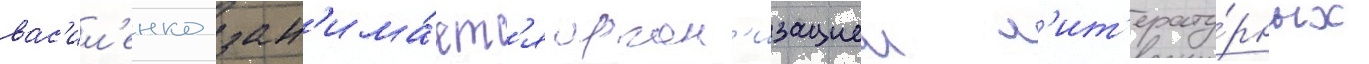
вас'ил'енко зан'има́етс'я орган'изациеи л'ит'ерату́рных